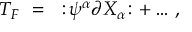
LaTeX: { \cal T } _ { F } ~ = ~ : \! \psi ^ { \alpha } \partial X _ { \alpha } \! : + \dots \, ,